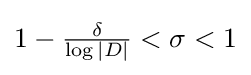
{\textstyle 1-{\frac {\delta }{\log |D|}}<\sigma <1}